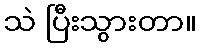
သဲ ပြီးသွားတာ။